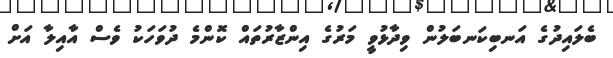
ބެލައިދުގެ އަނބިކަނބަލުން ވިދާޅުވީ މަރުގެ އިންޒާރުތައް ކޮންމެ ދުވަހަކު ވެސް އާއިލާ އަށް